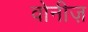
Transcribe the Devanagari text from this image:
वोनीज़